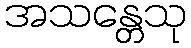
အသန္တေသု